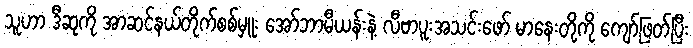
သူဟာ ဒီဆုကို အာဆင်နယ်တိုက်စစ်မှူး အော်ဘာမီယန်းနဲ့ လီဗာပူးအသင်းဖော် မာနေးတို့ကို ကျော်ဖြတ်ပြီး